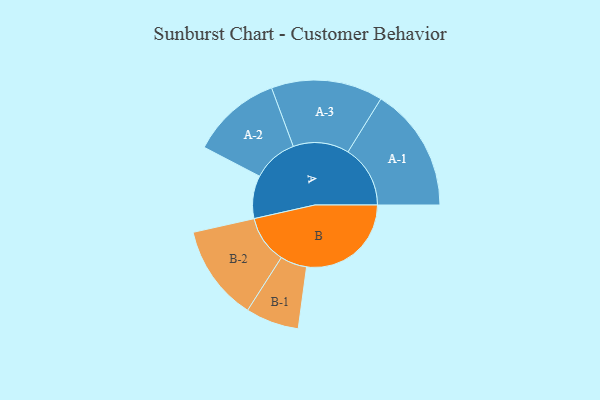
{"axis": {"x": "Segment", "y": "Value"}, "legend": ["", "A", "B"], "data": [{"x": "A", "y": 200, "type": ""}, {"x": "B", "y": 487, "type": ""}, {"x": "A-1", "y": 290, "type": "A"}, {"x": "A-2", "y": 210, "type": "A"}, {"x": "A-3", "y": 260, "type": "A"}, {"x": "B-1", "y": 124, "type": "B"}, {"x": "B-2", "y": 223, "type": "B"}]}